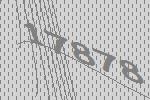
17878